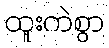
ထူးကဲစွာ